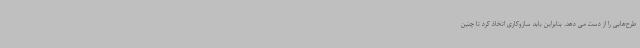
طرح‌هایی را از دست می دهد. بنابراین باید سازوکاری اتخاذ کرد تا چنین